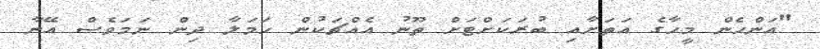
"އަންހެން މީހާގެ އަތަށާއި ބުރަކަށްޓަށް ތޫނު އެއްޗަކުން ހަމަލާ ދިން ނަމަވެސް އޭނާ